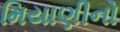
મિયાણીનો